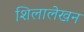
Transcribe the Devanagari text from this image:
शिलालेखन